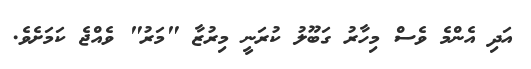
އަދި އެންމެ ވެސް މިހާރު ގަބޫލު ކުރަނީ މިރުޒާ "މަރު" ވެއްޖެ ކަމަށެވެ.